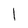
Character: 1